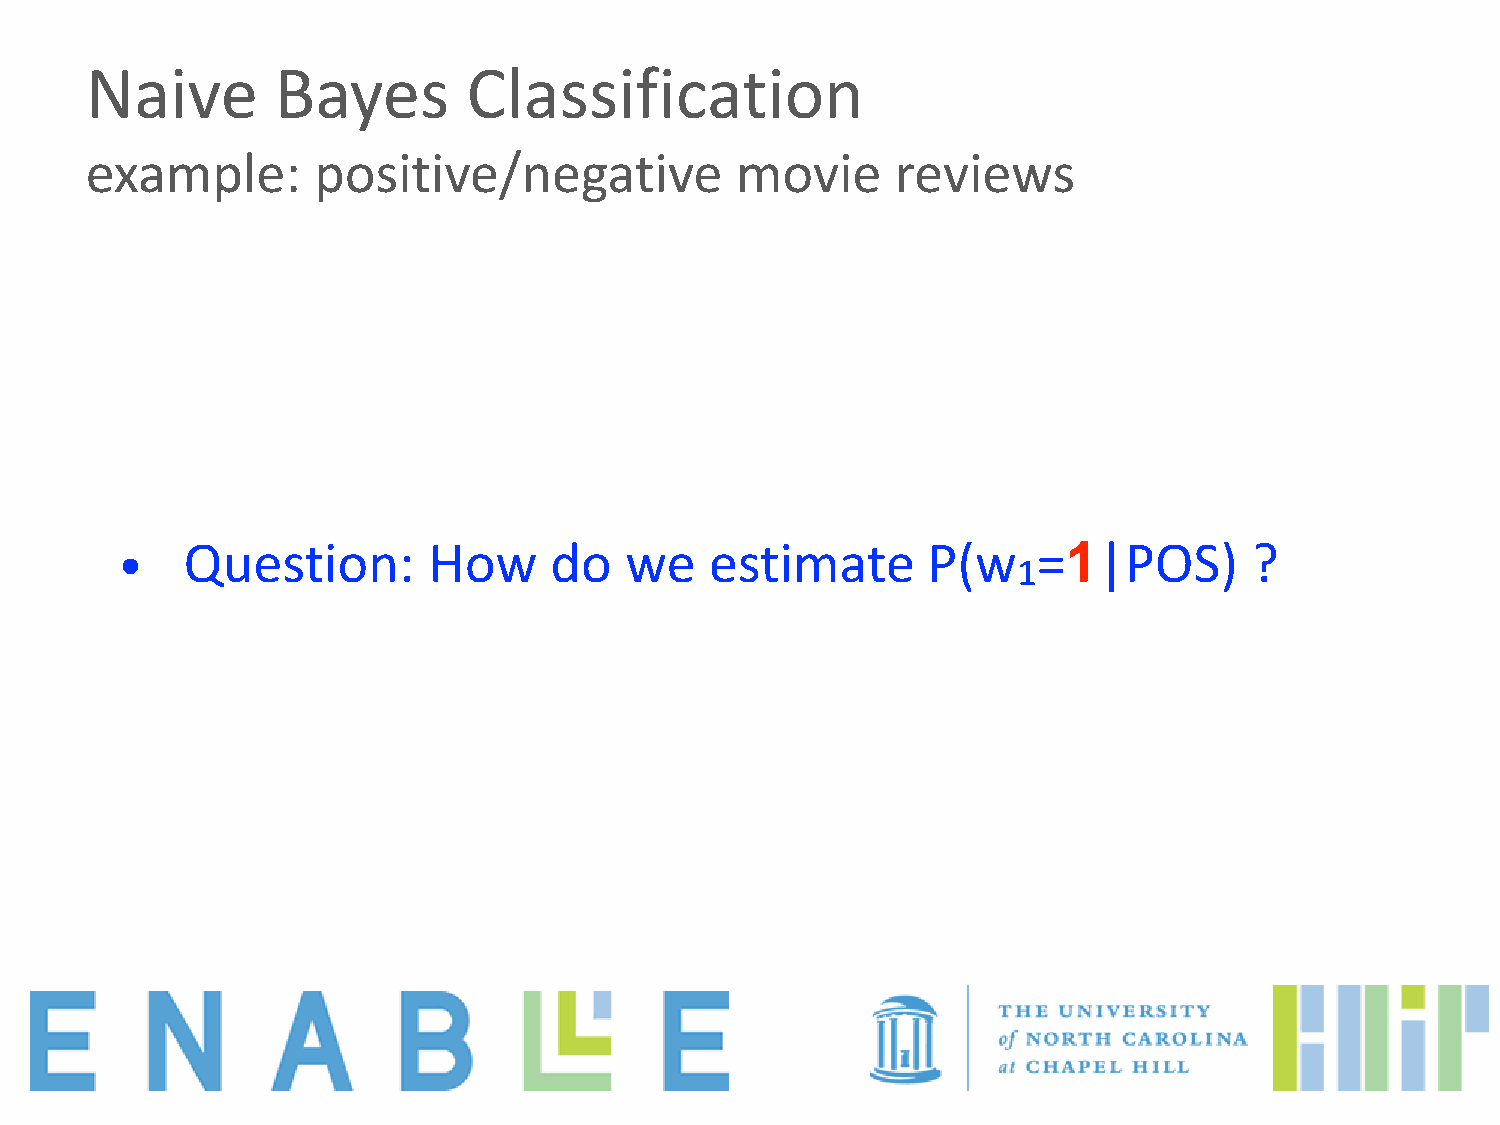
Naive       Bayes        Classification
 example:       positive/negative           movie     reviews
 •   Question:       How     do   we    estimate      P(w     =1|POS)       ?
 1